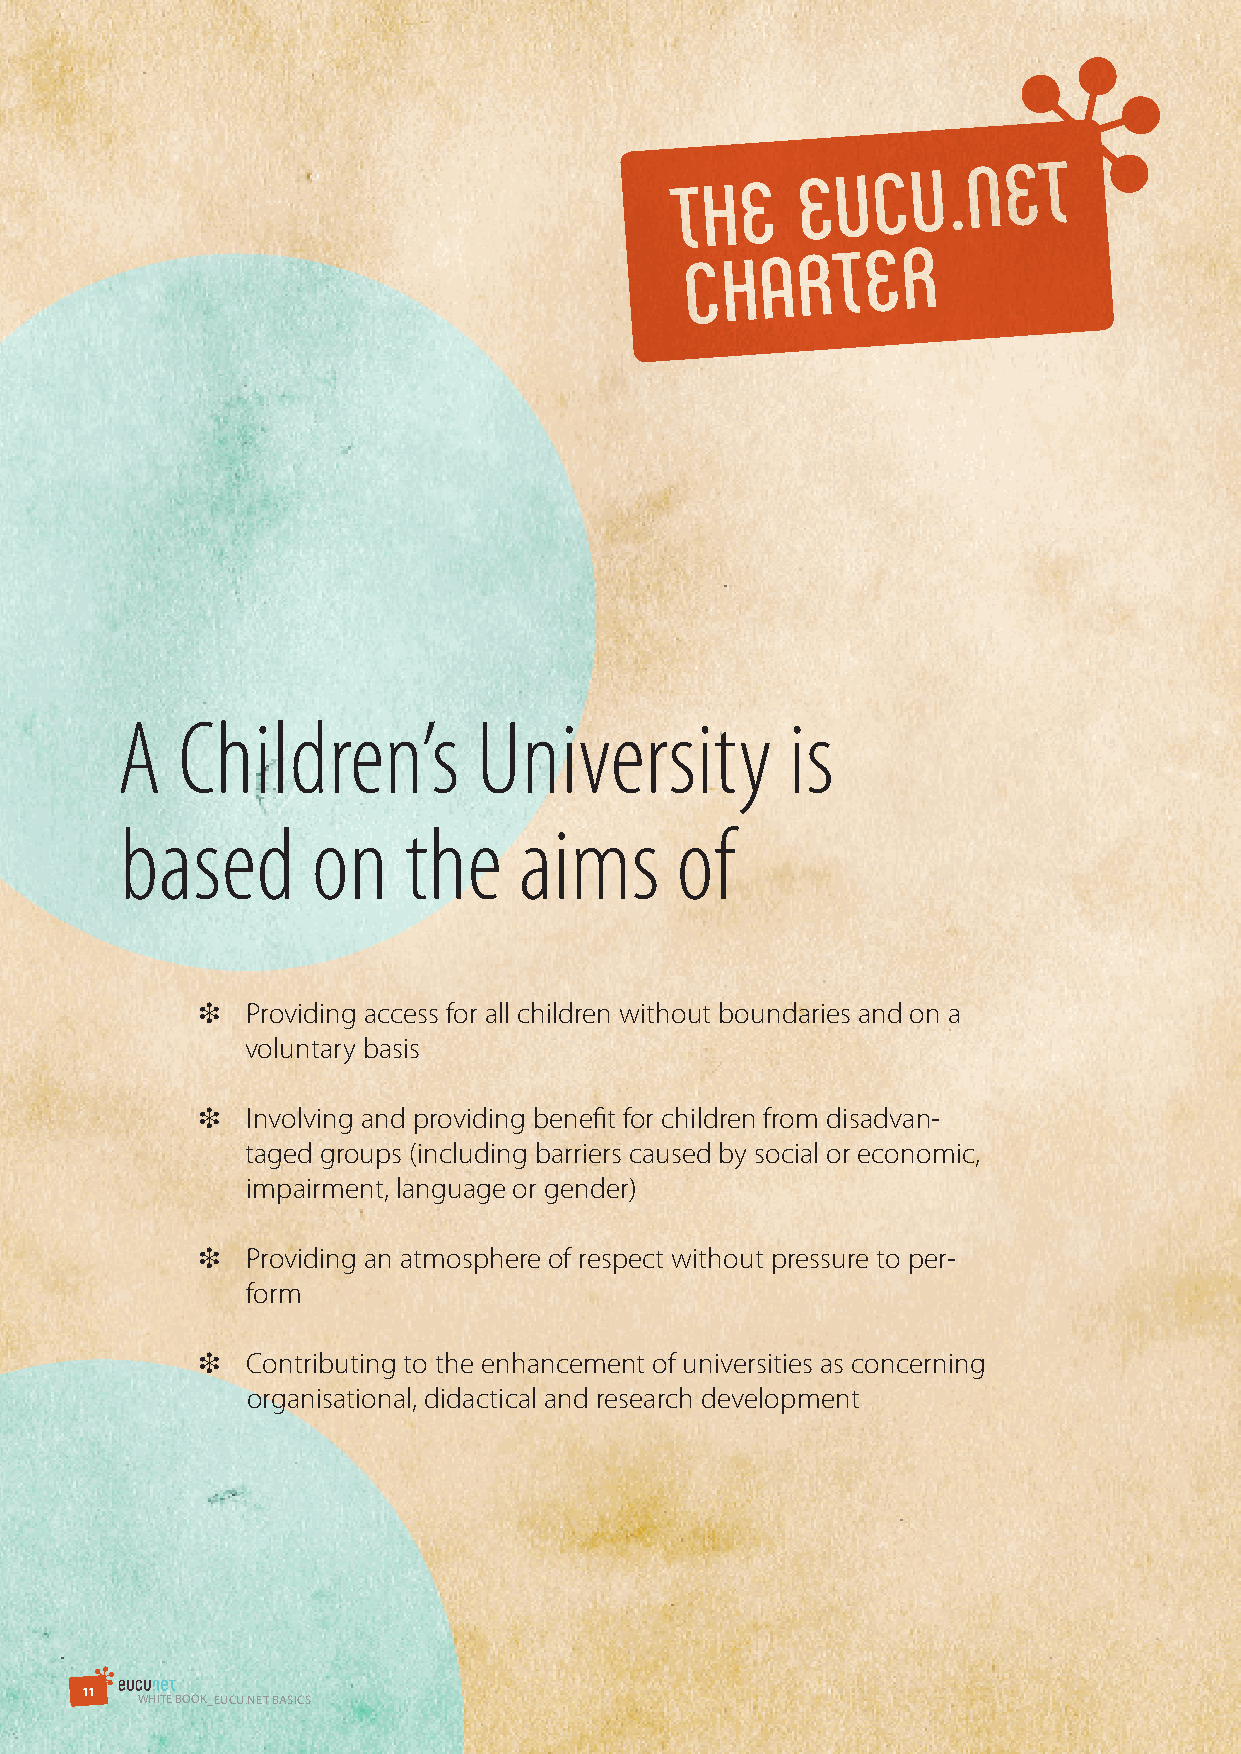
A   Children’s          University          is
 based        on    the    aims       of
 ❉  Providing access for all children without boundaries and on a
 voluntary basis
 ❉  Involving and providing benefit for children from disadvan-
 taged groups (including barriers caused by social or economic,
 impairment, language or gender)
 ❉  Providing an atmosphere of respect without pressure to per-
 form
 ❉  Contributing to the enhancement of universities as concerning
 organisational, didactical and research development
 1 1
 WHITE BOOK_EuCu.NET BAsICs